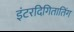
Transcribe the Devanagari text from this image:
इंटरदिगितातिंग